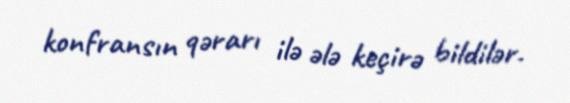
konfransın qərarı ilə ələ keçirə bildilər.